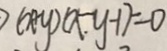
( x + y ) ( x - y - 1 ) = 0